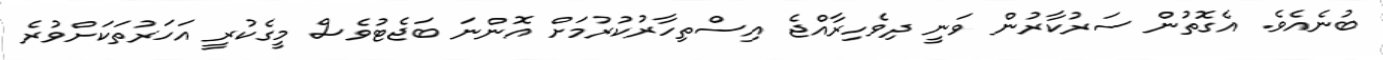
ބުނެއެވެ. އެގޮތުން ސަރުކާރުން ވަނީ ދިވެހިރާއްޖެ އިސްތިހާރުކުރުމަށް އޮންނަ ބަޖެޓުވެސް މީގެކުރީ އަހަރުތަކަށްވުރެ